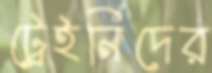
ট্রেইনিদের